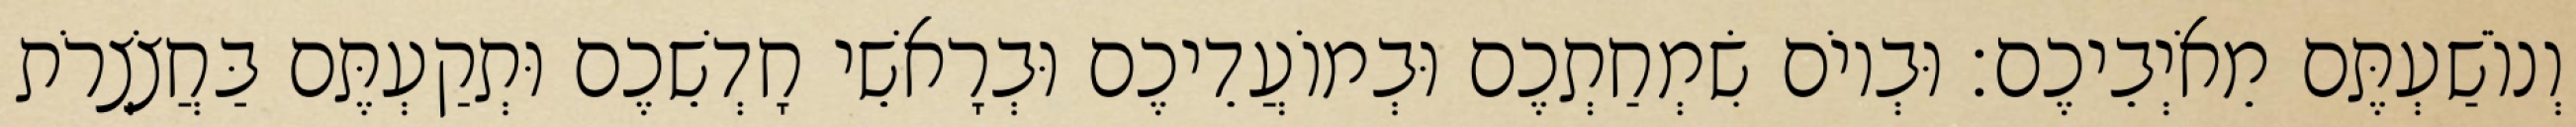
וְנוֹשַׁעְתֶּם מֵאֹיְבֵיכֶם׃ וּבְיוֹם שִׂמְחַתְכֶם וּבְמוֹעֲדֵיכֶם וּבְרָאשֵׁי חָדְשֵׁכֶם וּתְקַעְתֶּם בַּחֲצֹצְרֹת